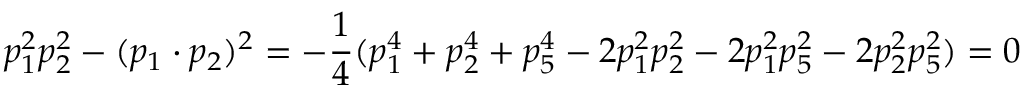
p _ { 1 } ^ { 2 } p _ { 2 } ^ { 2 } - ( p _ { 1 } \cdot p _ { 2 } ) ^ { 2 } = - \frac { 1 } { 4 } ( p _ { 1 } ^ { 4 } + p _ { 2 } ^ { 4 } + p _ { 5 } ^ { 4 } - 2 p _ { 1 } ^ { 2 } p _ { 2 } ^ { 2 } - 2 p _ { 1 } ^ { 2 } p _ { 5 } ^ { 2 } - 2 p _ { 2 } ^ { 2 } p _ { 5 } ^ { 2 } ) = 0